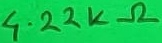
Text: 4.22KΩ